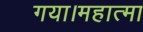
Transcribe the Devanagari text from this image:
गया।महात्मा